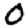
Digit: 0